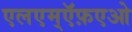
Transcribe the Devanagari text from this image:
एलएम्ऍफ़एओ